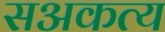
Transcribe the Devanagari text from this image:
सअकत्य